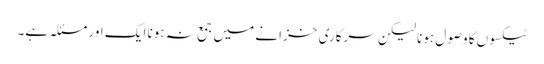
ٹیکسوں کا وصول ہونا لیکن سرکاری خزانے میں جمع نہ ہونا ایک اور مسئلہ ہے۔